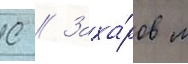
С // Заха́ров м